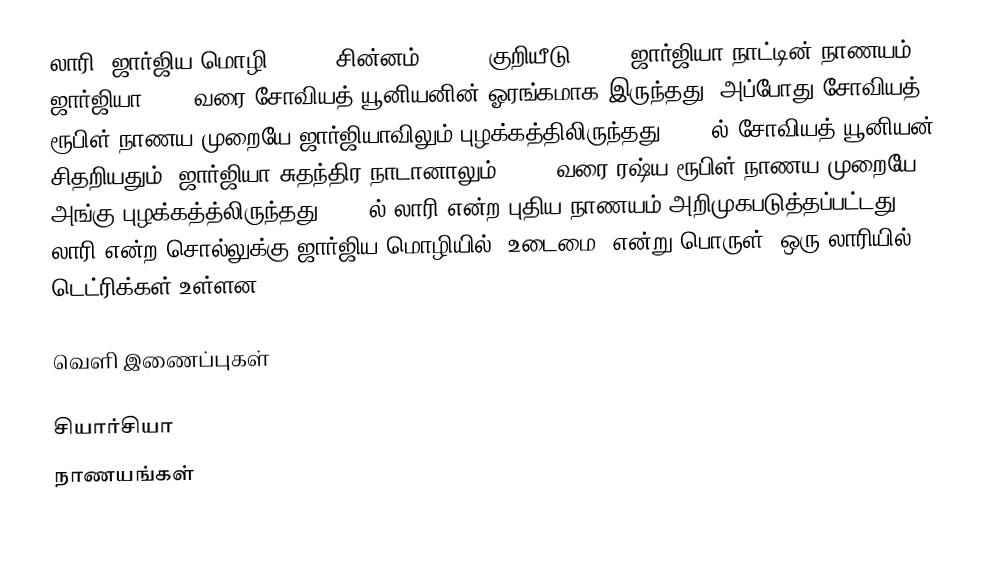
லாரி (ஜார்ஜிய மொழி: ლარი; சின்னம்: lari; குறியீடு: GEL) ஜார்ஜியா நாட்டின் நாணயம். ஜார்ஜியா 1991 வரை சோவியத் யூனியனின் ஓரங்கமாக இருந்தது. அப்போது சோவியத் ரூபிள் நாணய முறையே ஜார்ஜியாவிலும் புழக்கத்திலிருந்தது. 1991ல் சோவியத் யூனியன் சிதறியதும், ஜார்ஜியா சுதந்திர நாடானாலும், 1993 வரை ரஷ்ய ரூபிள் நாணய முறையே அங்கு புழக்கத்த்லிருந்தது. 1993ல் லாரி என்ற புதிய நாணயம் அறிமுகபடுத்தப்பட்டது. லாரி என்ற சொல்லுக்கு ஜார்ஜிய மொழியில் “உடைமை” என்று பொருள். ஒரு லாரியில் 100 டெட்ரிக்கள் உள்ளன.

வெளி இணைப்புகள்

சியார்சியா
நாணயங்கள்